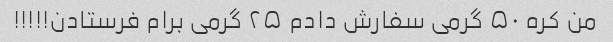
من کره ۵۰ گرمی سفارش دادم ۲۵ گرمی برام فرستادن!!!!!